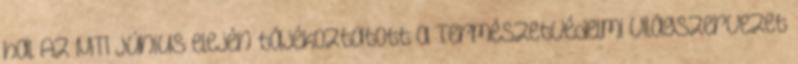
hal Az MTI június elején tájékoztatott a Természetvédelmi Világszervezet